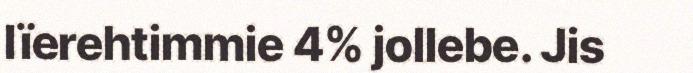
lïerehtimmie 4% jollebe. Jis